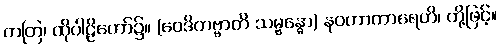
တတြ၊ ထိုပါဠိတော်၌။ (ဝေဒိတဗ္ဗာတိ သမ္ဗန္ဓော) နဝဟာကာရေဟိ၊ တို့ဖြင့်။